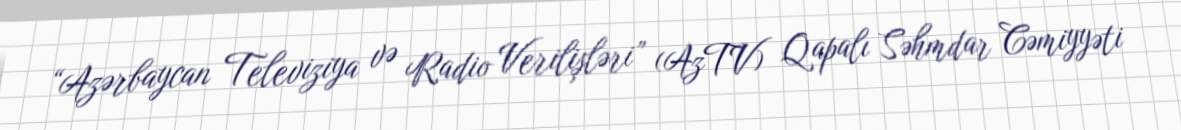
“Azərbaycan Televiziya və Radio Verilişləri” (AzTV) Qapalı Səhmdar Cəmiyyəti